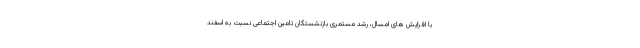
با افزایش های امسال، رشد مستمری بازنشستگان تامین اجتماعی نسبت به اسفند